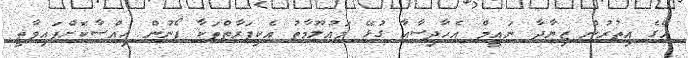
އޭގެ އިތުރުން ޒިޔާދާ ނައީމް އެހާދިސާއާ ގުޅޭ މައުލޫމާތު އެކިފަރާތްތަކާ ފޯނުން ހިއްސާކޮށްފައިވާތީ